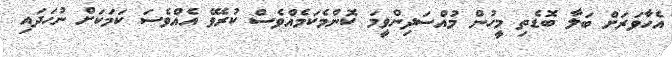
އެހާވަރަށް ބަލާ ބޮޑެތި މީހުން މުއްސަދިންވީމަ ކޮންމެކަމެއްވެސް ކުރެވޭ އެއްވެސަ ކަމަކަށް ނުހަދައި